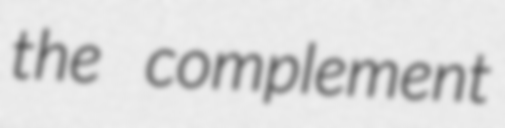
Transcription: the complement